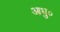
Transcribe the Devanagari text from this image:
आधु०